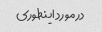
در مورد اینطوری